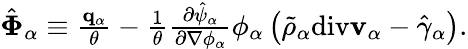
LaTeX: \begin{array}{r}{\hat{\boldsymbol{\Phi}}_{\alpha}\equiv\frac{\mathbf{q}_{\alpha}}{\theta}-\frac{1}{\theta}\frac{\partial\hat{\psi}_{\alpha}}{\partial\nabla\phi_{\alpha}}\phi_{\alpha}\left(\tilde{\rho}_{\alpha}\mathrm{div}\mathbf{v}_{\alpha}-\hat{\gamma}_{\alpha}\right).}\end{array}